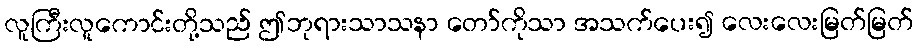
လူကြီးလူကောင်းတို့သည် ဤဘုရားသာသနာ တော်ကိုသာ အသက်ပေး၍ လေးလေးမြတ်မြတ်